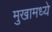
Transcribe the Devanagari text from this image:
मुखामध्ये